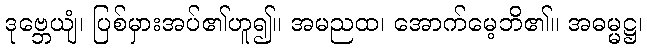
ဒုဗ္ဘေယျံ၊ ပြစ်မှားအပ်၏ဟူ၍။ အမညထ၊ အောက်မေ့ဘိ၏။ အဓမ္မဋ္ဌ၊